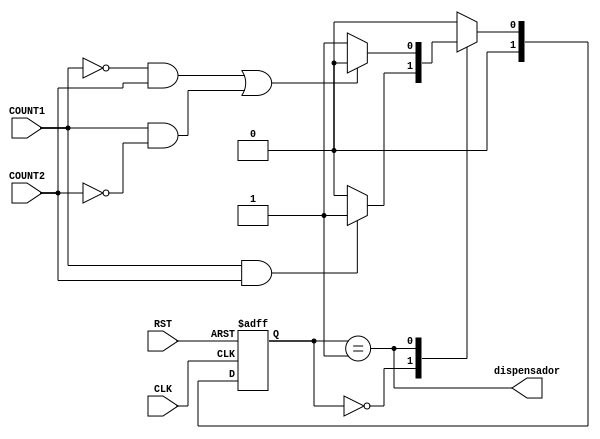
//Mquina de estados que verifica dispensador 
module fsm4(
	input COUNT1, COUNT2, CLK,RST,
	output dispensador
);
reg [1:0] state , nextstate ;
parameter S0 = 2'b00 ;
parameter S1 = 2'b01 ;
// state register
always @ ( posedge CLK , negedge 
RST )
if (RST == 1'b0) state <= S0 ;
else state <= nextstate ;
// next state logic
always @ (*)
case ( state )
S0 : if ( COUNT1 == 1'b1 && COUNT2 == 1'b1 ) nextstate = S1 ;
else nextstate = S0 ;
S1 : if ( (COUNT1 == 1'b0 && COUNT2 == 1'b1 ) ||
          (COUNT1 == 1'b1 && COUNT2 == 1'b0)) nextstate = S0 ;
else nextstate = S1 ;
default : nextstate = S0 ;
endcase
// output logic
assign dispensador = ( state == S1 ) ;
endmodule